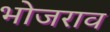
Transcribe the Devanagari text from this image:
भोजराव